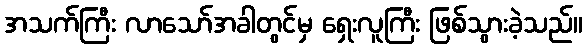
အသက်ကြီး လာသော်အခါတွင်မှ ရှေးလူကြီး ဖြစ်သွားခဲ့သည်။